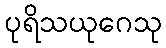
ပုရိသယုဂေသု